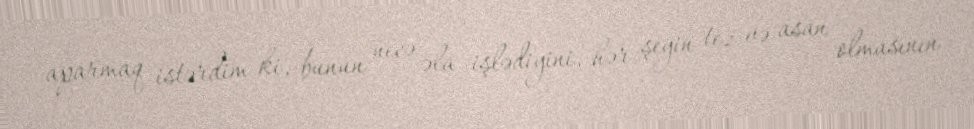
aparmaq istərdim ki, bunun necə əla işlədiyini, hər şeyin tez və asan olmasının